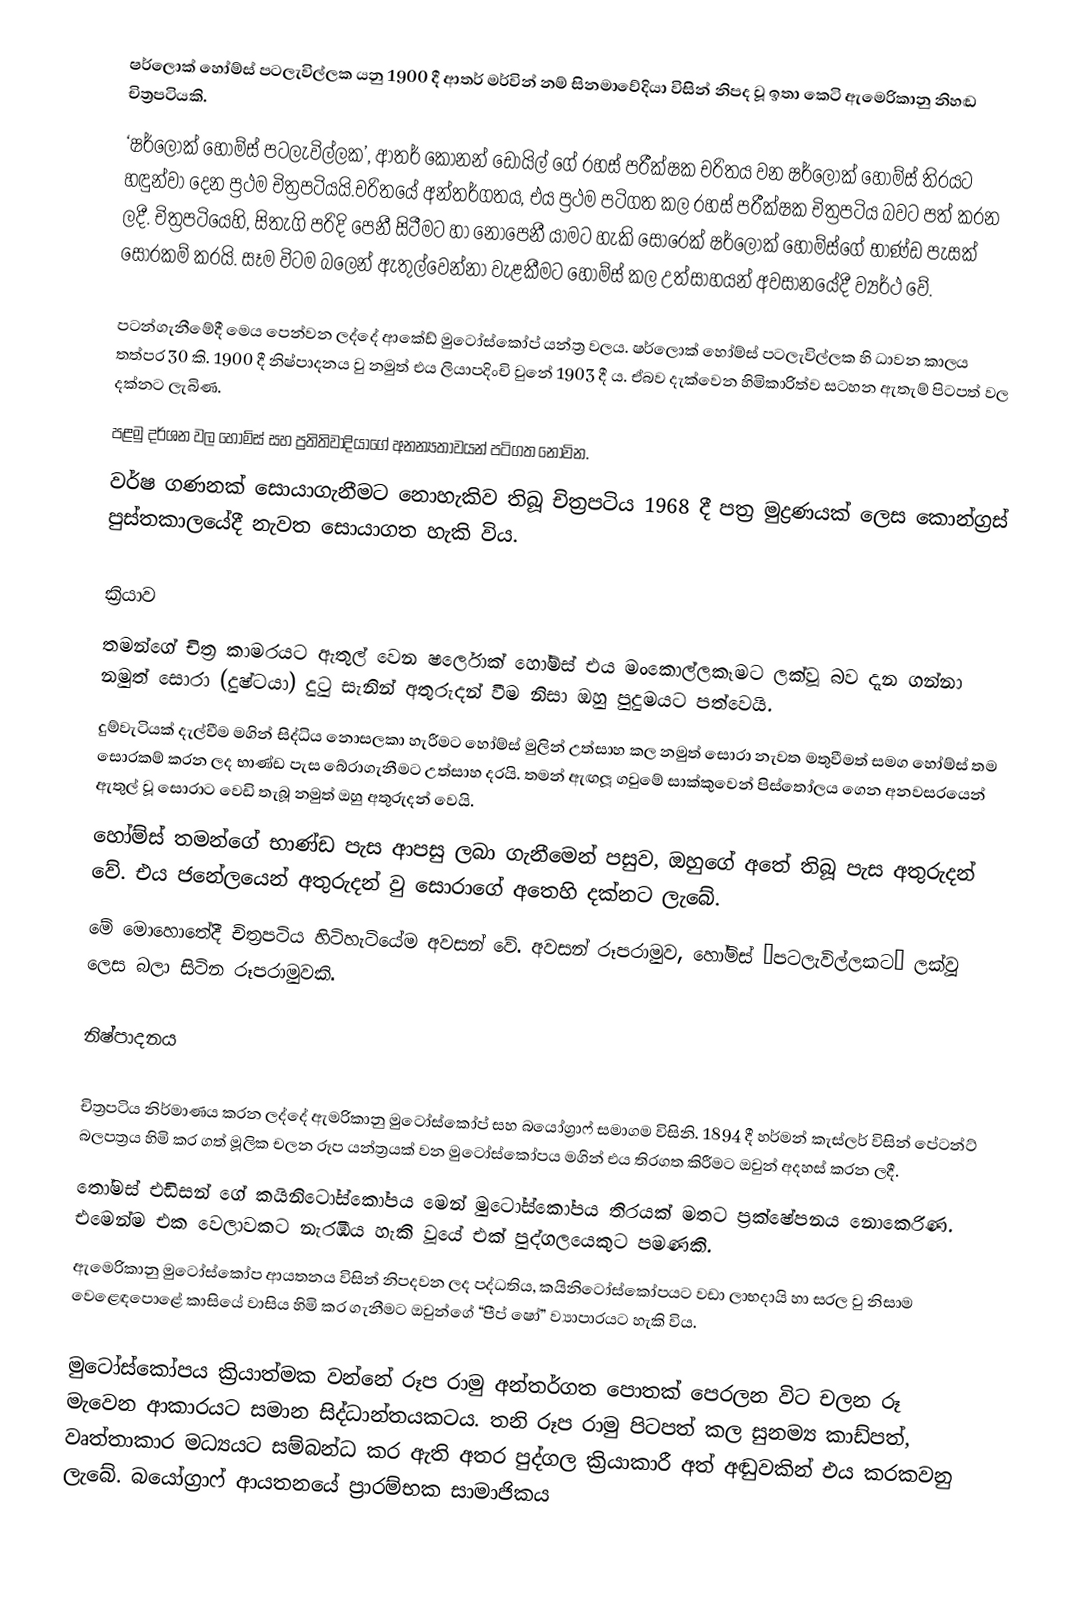
ෂර්ලොක් හෝම්ස් පටලැවිල්ලක  යනු 1900 දී ආතර් මර්වින් නම් සිනමාවේදියා විසින් නිපද වූ ඉතා කෙටි ඇමෙරිකානු නිහඬ චිත්‍රපටියකි.
‘ෂර්ලොක් හෝම්ස් පටලැවිල්ලක’, ආතර් කොනන් ඩොයිල් ගේ රහස් පරීක්ෂක චරිතය වන ෂර්ලොක් හෝම්ස් තිරයට හඳුන්වා දෙන ප්‍රථම චිත්‍රපටියයි.චරිතයේ අන්තර්ගතය, එය ප්‍රථම පටිගත කල රහස් පරීක්ෂක චිත්‍රපටිය බවට පත් කරන ලදී. චිත්‍රපටියෙහි, සිතැගි පරිදි පෙනී සිටීමට හා නොපෙනී යාමට හැකි සොරෙක් ෂර්ලොක් හෝම්ස්ගේ භාණ්ඩ පැසක් සොරකම් කරයි. සෑම විටම බලෙන් ඇතුල්වෙන්නා වැළකීමට හෝම්ස් කල උත්සාහයන් අවසානයේදී ව්‍යර්ථ වේ.

පටන්ගැනීමේදී මෙය පෙන්වන ලද්දේ ආකේඩ් මුටෝස්කෝප් යන්ත්‍ර වලය. ෂර්ලොක් හෝම්ස් පටලැවිල්ලක හි ධාවන කාලය තත්පර 30 කි. 1900 දී නිෂ්පාදනය වු නමුත් එය ලියාපදිංචි වුනේ 1903 දී ය. ඒබව දැක්වෙන හිමිකාරිත්ව සටහන ඇතැම් පිටපත් වල දක්නට ලැබිණ.
පළමු දර්ශන වල හෝම්ස් සහ ප්‍රතිතිවාදියාගේ අනන්‍යතාවයන් පටිගත නොවින.
වර්ෂ ගණනක් සොයාගැනීමට නොහැකිව තිබූ චිත්‍රපටිය 1968 දී පත්‍ර  මුද්‍රණයක් ලෙස කොන්ග්‍රස් පුස්තකාලයේදී නැවත සොයාගත හැකි විය.

ක්‍රියාව
තමන්ගේ චිත්‍ර කාමරයට ඇතුල් වෙන ෂර්ලොක් හෝම්ස් එය මංකොල්ලකෑමට ලක්වූ බව දැන ගන්නා නමුත් සොරා (දුෂ්ටයා) දුටු සැනින් අතුරුදන් වීම නිසා ඔහු පුදුමයට පත්වෙයි.
දුම්වැටියක් දැල්වීම මගින් සිද්ධිය නොසලකා හැරීමට හෝම්ස් මුලින් උත්සාහ කල නමුත් සොරා නැවත මතුවීමත් සමග හෝම්ස් තම සොරකම් කරන ලද භාණ්ඩ පැස බේරාගැනීමට උත්සාහ දරයි. තමන් ඇඟලූ ගවුමේ සාක්කුවෙන් පිස්තෝලය ගෙන අනවසරයෙන් ඇතුල් වූ සොරාට වෙඩි තැබූ නමුත් ඔහු අතුරුදන් වෙයි.
හෝම්ස් තමන්ගේ භාණ්ඩ පැස ආපසු ලබා ගැනීමෙන් පසුව, ඔහුගේ අතේ තිබූ පැස අතුරුදන් වේ. එය ජනේලයෙන් අතුරුදන් වු සොරාගේ අතෙහි දක්නට ලැබේ.
මේ මොහොතේදී චිත්‍රපටිය හිටිහැටියේම අවසන් වේ. අවසන් රූපරාමුව, හෝම්ස් “පටලැවිල්ලකට” ලක්වූ ලෙස බලා සිටින රූපරාමුවකි.

නිෂ්පාදනය

චිත්‍රපටිය නිර්මාණය කරන ලද්දේ ඇමරිකානු මුටෝස්කෝප් සහ බයෝග්‍රාෆ් සමාගම විසිනි. 1894 දී හර්මන් කැස්ලර් විසින් පේටන්ට් බලපත්‍රය හිමි කර ගත් මූලික චලන රූප යන්ත්‍රයක් වන මුටෝස්කෝපය මගින් එය තිරගත කිරීමට ඔවුන් අදහස් කරන ලදී.
තෝමස් එඩිසන් ගේ කයිනිටෝස්කෝපය මෙන් මුටෝස්කෝපය තිරයක් මතට ප්‍රක්ෂේපනය නොකෙරිණ. එමෙන්ම එක වෙලාවකට නැරඹිය හැකි වූයේ එක් පුද්ගලයෙකුට පමණකි.
ඇමෙරිකානු මුටෝස්කෝප ආයතනය විසින් නිපදවන ලද පද්ධතිය, කයිනිටෝස්කෝපයට වඩා ලාභදායි හා සරල වු නිසාම  වෙළෙඳපොළේ කාසියේ වාසිය හිමි කර ගැනීමට ඔවුන්ගේ “පීප් ෂෝ” ව්‍යාපාරයට හැකි විය.

මුටෝස්කෝපය ක්‍රියාත්මක වන්නේ රූප රාමු අන්තර්ගත පොතක් පෙරලන විට චලන රූ මැවෙන ආකාරයට සමාන සිද්ධාන්තයකටය. තනි රූප රාමු පිටපත් කල සුනම්‍ය කාඩ්පත්, වෘත්තාකාර මධ්‍යයට සම්බන්ධ කර ඇති අතර පුද්ගල ක්‍රියාකාරී අත් අඬුවකින් එය කරකවනු ලැබේ. බයෝග්‍රාෆ් ආයතනයේ ප්‍රාරම්භක සාමාජිකය